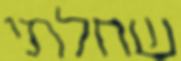
שחלתי